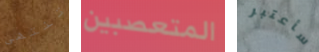
تنتهى المتعصبين سأعتبر